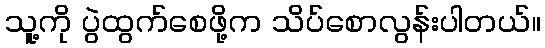
သူ့ကို ပွဲထွက်စေဖို့က သိပ်စောလွန်းပါတယ်။